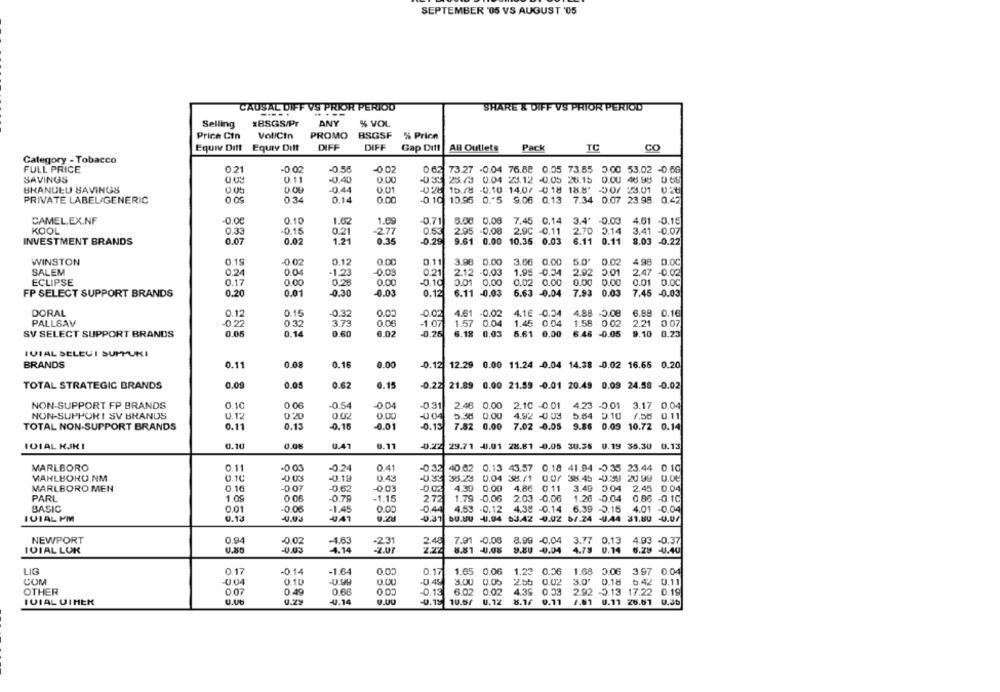
SEPTEMBER '05 VS AUGUST '05
CAUSAL DIFF VS PRIOR PERIOD
SHARE & DIFF VS PRIOR PERIOD
-....
Selling
IBSGS/Pr
ANY
% VOL
Price Cin
VollCtn
PROMO
BSGSF % Price
Equiv Ditt
Equiv Dift
DIFF
DIFF
Gap Ditt
AH Outlets
Pack
TC
CO
Category - Tobacco
FULL PRICE
0.21
-0.02
-0.56
-0 02
0.62 73.27 -0.04 76.88 0.05 73.85 0.00 53.02 -0.69
SAVINGS
0.11
0.00
13 28.73 0.04 23.12 -0.05 26.15 0.OU 46.98 0.66
BHANUEU SAVINGS
0 09
-0 44
0.01
-028 15.78 -0.10 14.0/ 0.18 18.8' 50/ 23.01 0.20
PRIVATE LABEL/GENERIC
0.34
0.14
0.00
-0.10 10.95 0."5 9.06 0.13 7.34 0.07 23.98 0.42
CAMEL.EX.NF
-0.00
0.10
1.62
1.09
-0.71
8.50 0.08
7.45 0.14
3.4 -0.03
4.61 -0.19
0.33
KOOL
-0.15
0.21
277
0.53
2.95 -0.08 2.9C -0.11
2.70 0.14
3.41 -0.07
INVESTMENT BRANDS
0.07
0.02
1.21
0.35
-0.29
9.61 0.00 10.35 0.03
6.11 0.11
8.03 -0.22
WINSTON
0.19
-0 02
0.12
0.00
0.11
3.98 0.00
3.66 0.00
0 02
4.98 0.00
SALEM
0.24
0.04
-1.23
-0.09
0.21
2.12 -0.03
1.95 -0.34
2.92 0.01
2.47 -0.02
ECLIPSE
0.17
0.00
0.25
0.00
-0.10
0.01 0.00
0.02 0.00
0.00
0.00
0.01 0.00
FP SELECT SUPPORT BRANDS
0.20
0.01
-0.30
-0.03
0.12
6.11 -0.03
6.63 -0.04
7.93 0.03
7.45 -0.03
DORAL
4.88
5.08
6.88
0.12
0.15
-0.32
4.61 -0.02
4.1€ 0.34
0.16
PALLSAV
-0.22
0.32
3.73
0.06
-1.07
1.57 0.04
1.45 0.04
1.56
0.02
2.21
0.07
6.48
SV SELECT SUPPORT BRANDS
0.05
0.14
0.02
-0.25
6.18 0.03
5.61 0.00
-0.05
9.10
0.23
IVIAL SELEUI SUPPUKI
BRANDS
0.11
0.08
0.16
0.00
-0.12 12.29 0.00 11.24 -0.04 14.38 -0.02 16.65 0.20
TOTAL STRATEGIC BRANDS
0.09
0.05
0.62
0.15
-0.22
21.89 0.00 21.59 -0.01 20.49 0.09 24.58 -0.02
NON-SUPPORT FP BRANDS
0.10
0.06
-0.54
-0.04
-0.31
2.46 0.00
2.10 -0.01
4.23 -0.01
3.17 0.04
NON-SUPPORT SV BRANDS
0.12
020
0.00
-0.04
5.36 0.00
4.92 -0.03
5.64 0.10 7.58 0.11
0.02
TOTAL NON-SUPPORT BRANDS
0.11
0.13
-0.16
-0.01
-0.13
7.82 0.00
7.02 -0.05
9.86 0.09 10.72 0.14
0. 11
101AL KJKI
0.10
0.06
1.41
0.24
29.71 4.01 28.61 -0.05 30.35 0.19 35.30 0.13
MARLBORO
0.11
-0.03
-0.24
0.41
-0,32
40.82 0.13 43.57 0.18 41.94 -0.35 23.44 0.10
MAHLBORO.NM
0.10
003
-0.19
0.43
55.23
0.04 38./1
0.0/ 38.45 033 20.99 0.00
MARLBORO MEN
0.16
-0.07
-0.62
-0.03
4.30
0.00
4.86 0.11
3.49 0.04
2.45 0.04
PARL
1.00
0 06
-0.79
-1.15
2.72
1.79
-0.06
2.03 -0.06
1.26 -0.04
0.86 -0.1C
BASIC
0.01
-0.06
-1.45
-0.44
4,53
-0.12
4.38 -0.14 6.39 -0.15
4.01 -0.04
IVIAL PM
0.12
4.41
-0.31
SU.SU
-4.94 53.42 -0.02 51.24 -4.44
31.80 -0.07
NEWPORT
0.94
-0.02
-4.63
8.99 -0.04
-2.31
2.48
7.91 -0.08
3.77 0.13
3.77
4.93 -0.37
101AL LOK
-0.03
4.14
2.22
8.81 -4.08
4.78 0.14
6.29 -4.40
COO
LIG
0.17
-0.14
-1.64
0.17
1.65 0.06
1.23
0.56
1.68
0.06
3.97 0.04
COM
-0.04
0.10
-0.99
-0.45
3.00
0.02
3.0'
0.18
5.42 0.11
2.55
OTHER
0.07
0.40
0.66
-0.13
6.02
0.02
4.39 0.33
2.92 -0.13 17.22 0.19
IVIAL UIHER
0.29
-4.14
0.15
10.87
U.12
8.1/
0.71
1.01
0.11 26.61
0.Jo